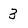
Character: 3